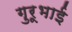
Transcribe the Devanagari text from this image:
गुरूभाई